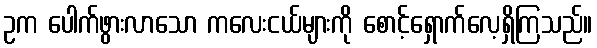
ဥက ပေါက်ဖွားလာသော ကလေးငယ်များကို စောင့်ရှောက်လေ့ရှိကြသည်။